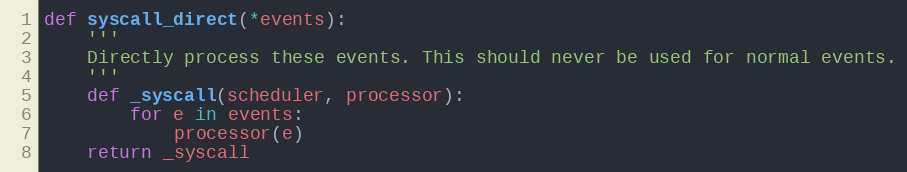
Language: Python
def syscall_direct(*events):
    '''
    Directly process these events. This should never be used for normal events.
    '''
    def _syscall(scheduler, processor):
        for e in events:
            processor(e)
    return _syscall